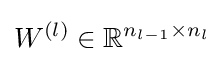
W^{(l)}\in \mathbb {R} ^{n_{l-1}\times n_{l}}